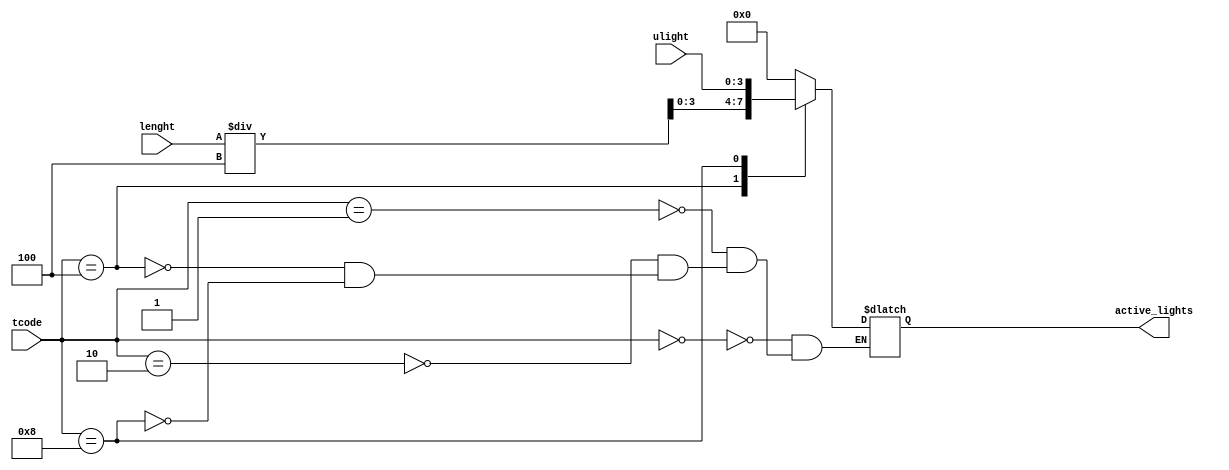
`timescale 1ns / 1ps
//////////////////////////////////////////////////////////////////////////////////
// Company: 
// Engineer: 
// 
// Design Name: 
// Module Name:    ActiveLamps 
// Project Name: 
// Target Devices: 
// Tool versions: 
// Description: 
//
// Dependencies: 
//
// Revision: 
// Revision 0.01 - File Created
// Additional Comments: 
//
//////////////////////////////////////////////////////////////////////////////////
module ActiveLamps (
	input  [3:0] tcode  , // time code    [table2 time code   ]
	input  [3:0] ulight , // user light   [light degree mode  ]
   input  [3:0] lenght     , // room length  [square room lenght ]
	output reg[3:0] active_lights  // number of active light
);
	 
	always @ (tcode) begin
		case (tcode)
			4'b0000 : active_lights = 4'b0000;
			4'b0001 : active_lights = 4'b0000;
			4'b0010 : active_lights = 4'b0000;
			4'b0100 : active_lights = lenght / 4;
			4'b1000 : active_lights = ulight;
		endcase		
	end

endmodule